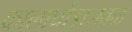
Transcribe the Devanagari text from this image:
कालाघोडाजवळ